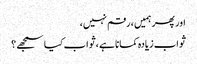
اور پھر ہمیں ، رقم نہیں،
ثواب زیادہ کمانا ہے ،ثواب کیا سمجھے ؟